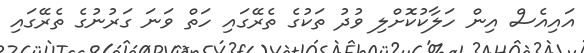
އައިއެސް އިން ހަލާކުކޮށްލި ވުދު ތަކުގެ ތެރޭގައި ހަތް ވަނަ ގަރުނުގެ ތެރޭގައި